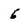
Character: 6